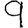
Digit: 9